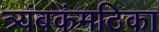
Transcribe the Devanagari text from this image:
त्र्यंबकंमठिका